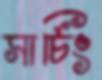
সার্চিং